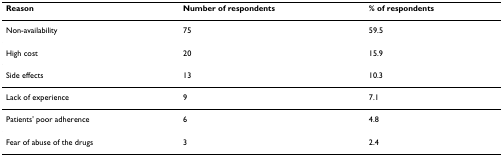
<table><thead><tr><td><b>Reason</b></td><td><b>Number of respondents</b></td><td><b>% of respondents</b></td></tr></thead><tbody><tr><td>Non-availability</td><td>75</td><td>59.5</td></tr><tr><td>High cost</td><td>20</td><td>15.9</td></tr><tr><td>Side effects</td><td>13</td><td>10.3</td></tr><tr><td>Lack of experience</td><td>9</td><td>7.1</td></tr><tr><td>Patients&#x27; poor adherence</td><td>6</td><td>4.8</td></tr><tr><td>Fear of abuse of the drugs</td><td>3</td><td>2.4</td></tr></tbody></table>